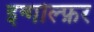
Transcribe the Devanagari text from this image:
इन्गोल्फ़र